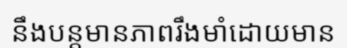
នឹងបន្តមានភាពរឹងមាំដោយមាន